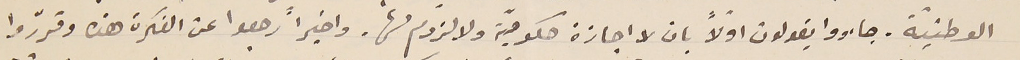
الوطنيّة. جاءووا يقولون اولاً بان لا اجازة حكوميّة ولا لزوم لها. واخيراً رجعوا عن الفكرة هذه وقررّوا